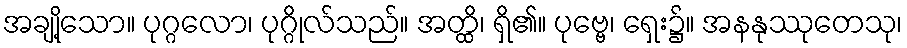
အချို့သော။ ပုဂ္ဂလော၊ ပုဂ္ဂိုလ်သည်။ အတ္ထိ၊ ရှိ၏။ ပုဗ္ဗေ၊ ရှေး၌။ အနနုဿုတေသု၊